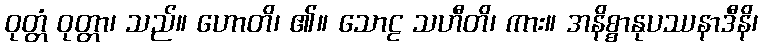
ဝုတ္တံ ဝုတ္တာ၊ သည်။ ဟောတိ၊ ၏။ သောဠ သဟီတိ၊ ကား။ အနိစ္စာနုပဿနာဒီနိ၊